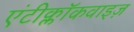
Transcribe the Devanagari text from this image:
एंटीक्लॉकवाइज़